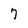
Character: 7